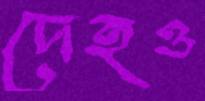
দেহও